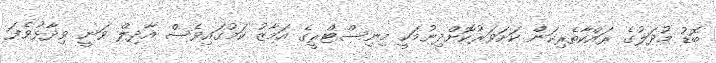
ބޮޑު މުދަލުގެ ރައްކާތެރިކަން ކަށަވަރުކޮށްދިނުމަކީ މިނިސްޓްރީގެ އަމާޒު ކަމުގައިވެސް އާދިލް ވަނީ ވިދާޅުވެފަ